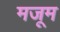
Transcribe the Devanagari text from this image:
मजूम